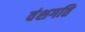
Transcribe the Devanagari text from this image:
वंशगति